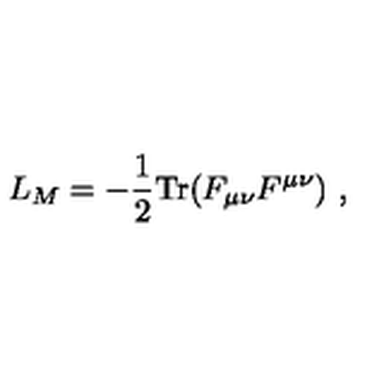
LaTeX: L _ { M } = - \frac { 1 } { 2 } \mathrm { T r } ( F _ { \mu \nu } F ^ { \mu \nu } ) \ ,